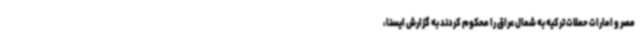
مصر و امارات حملات ترکیه به شمال عراق را محکوم کردند به گزارش ایسنا،